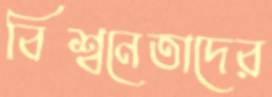
বিশ্বনেতাদের